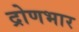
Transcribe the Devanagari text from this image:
द्रोणभार